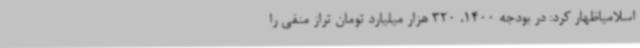
اسلامیاظهار کرد: در بودجه 1400، 320 هزار میلیارد تومان تراز منفی را